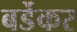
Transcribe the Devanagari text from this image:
बर्डेकर